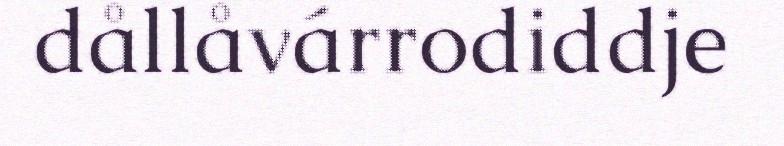
dållåvárrodiddje